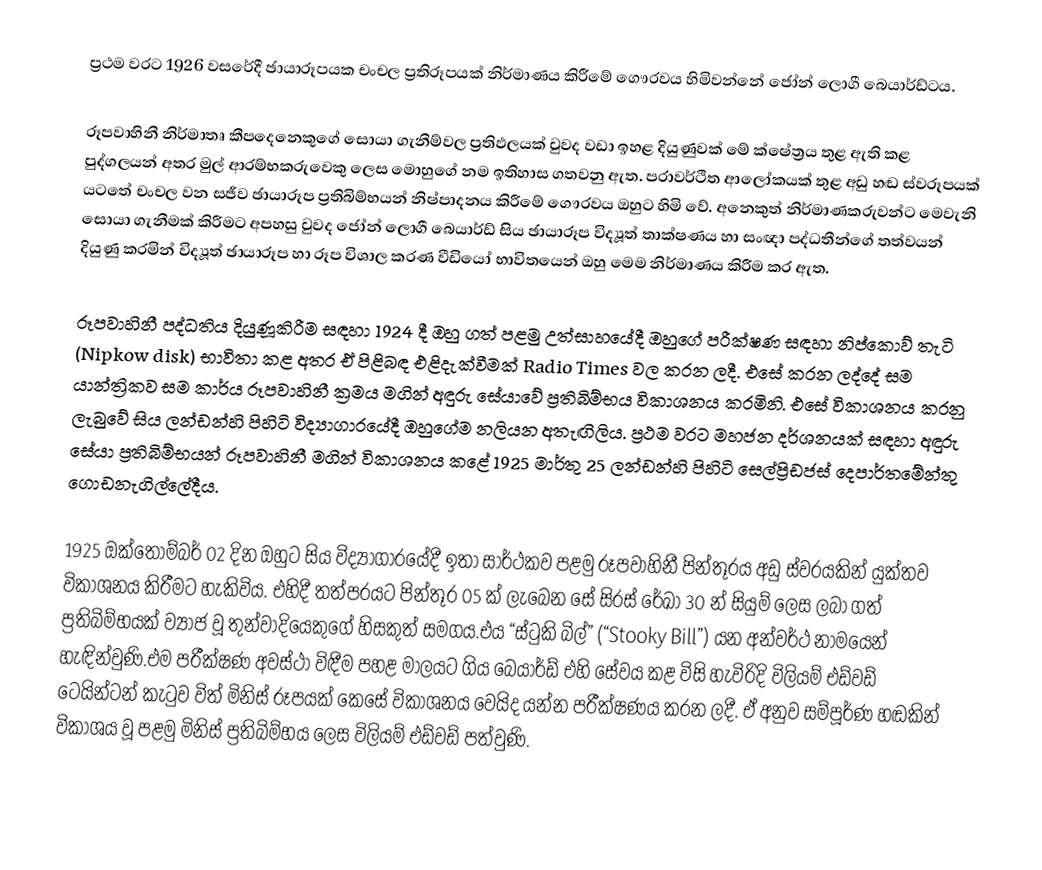
ප්‍රථම වරට 1926 වසරේදී ඡායාරූපයක චංචල ප්‍රතිරූපයක් නිර්මාණය කිරීමේ ගෞරවය හිමිවන්නේ ජෝන් ලොගී බෙයාර්ඩ්ටය.

රූපවාහිනී නිර්මාතෘ කීපදෙනෙකුගේ සොයා ගැනීම්වල ප්‍රතිඵලයක් වුවද වඩා ඉහළ දියුණුවක් මේ ක්ෂේත්‍රය තුළ ඇති කළ පුද්ගලයන් අතර මුල් ආරම්භකරුවෙකු ලෙස මොහුගේ නම ඉතිහාස ගතවනු ඇත. පරාවර්ථිත ආලෝකයක් තුළ අඩු හඬ ස්වරූපයක් යටතේ චංචල වන සජීව ඡායාරූප ප්‍රතිබිම්භයන් නිෂ්පාදනය කිරීමේ ගෞරවය ඔහුට හිමි වේ. අනෙකුත් නිර්මාණකරුවන්ට මෙවැනි සොයා ගැනීමක් කිරීමට අපහසු වුවද ජෝන් ලොගී බෙයාර්ඩ් සිය ඡායාරූප විද්‍යූත් තාක්ෂණය හා සංඥා පද්ධතීන්ගේ තත්වයන් දියුණු කරමින් විද්‍යූත් ඡායාරූප හා රූප විශාල කරණ වීඩියෝ භාවිතයෙන් ඔහු මෙම නිර්මාණය කිරීම කර ඇත.

රූපවාහිනී පද්ධතිය දියුණූකිරීම සඳහා 1924 දී ඔහු ගත් පළමු උත්සාහයේදී ඔහුගේ පරීක්ෂණ සඳහා නිප්කොව් තැටි (Nipkow disk) භාවිතා කළ අතර ඒ පිළිබඳ එළිදැක්වීමක් Radio Times වල කරන ලදී. එසේ කරන ලද්දේ සම යාන්ත්‍රිකව සම කාර්ය රූපවාහිනී ක්‍රමය මගින් අඳුරු සේයාවේ ප්‍රතිබිම්භය විකාශනය කරමිනි. එසේ විකාශනය කරනු ලැබුවේ සිය ලන්ඩන්හි පිහිටි විද්‍යාගාරයේදී ඔහුගේම නලියන අතැඟිලිය. ප්‍රථම වරට මහජන දර්ශනයක් සඳහා අඳුරු සේයා ප්‍රතිබිම්භයන් රූපවාහිනී මගින් විකාශනය කළේ 1925 මාර්තු 25 ලන්ඩන්හි පිහිටි සෙල්ප්‍රිඩජස් දෙපාර්තමේන්තු ගොඩනැගිල්ලේදීය.

1925 ඔක්තෝම්බර් 02 දින ඔහුට සිය විද්‍යාගාරයේදී ඉතා සාර්ථකව පළමු රූපවාහිනී පින්තූරය අඩු ස්වරයකින් යුක්තව විකාශනය කිරීමට හැකිවිය. එහිදී තත්පරයට පින්තූර 05 ක් ලැබෙන සේ සිරස් රේඛා 30 න් සියුම් ලෙස ලබා ගත් ප්‍රතිබිම්භයක් ව්‍යාජ වූ තුන්වාදියෙකුගේ හිසකුත් සමගය.එය “ස්ටුකි බිල්” (“Stooky Bill”) යන අන්වර්ථ නාමයෙන් හැඳින්වුණි.එම පරීක්ෂණ අවස්ථා විඳීම පහළ මාලයට ගිය බෙයාර්ඩ් එහි සේවය කළ විසි හැවිරිදි විලියම් එඩ්වඩ් ටෙයින්ටන් කැටුව විත් මිනිස් රූපයක් කෙසේ විකාශනය වෙයිද යන්න පරීක්ෂණය කරන ලදී. ඒ අනුව සම්පූර්ණ හඬකින් විකාශය වූ පළමු මිනිස් ප්‍රතිබිම්භය ලෙස විලියම් එඩ්වඩ් පත්වුණි.